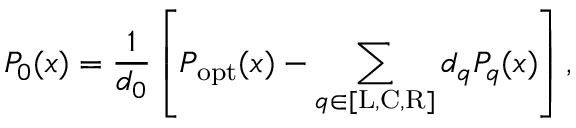
P _ { 0 } ( x ) = \frac { 1 } { d _ { 0 } } \left[ P _ { \mathrm { o p t } } ( x ) - \sum _ { q \in [ \mathrm { L , C , R } ] } d _ { q } P _ { q } ( x ) \right] ,